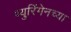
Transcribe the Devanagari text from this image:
थ्युरिंगेनच्या